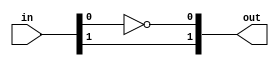
`timescale 1ns/1ps
// Masked NOT gate
//(* fv_prop = "affine", fv_strat = "isolate", fv_order = d *)
module MSKinv #(parameter d=2, parameter count=1) (in, out);

(* syn_keep="true", keep="true", fv_type = "sharing", fv_latency = 0, fv_count=count *) input  [count*d-1:0] in;
(* syn_keep="true", keep="true", fv_type = "sharing", fv_latency = 0, fv_count=count *) output [count*d-1:0] out;

genvar i;
generate
for(i=0; i<count; i=i+1) begin: inv
    assign out[i*d] = ~in[i*d];
    if (d > 1) begin
        assign out[i*d+1 +: d-1] = in[i*d+1 +: d-1];
    end
end
endgenerate

endmodule